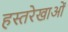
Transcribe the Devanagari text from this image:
हस्तरेखाओं